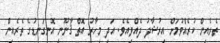
ތެރެއިން ކުރެއްވުމަށް އިރުޝާދު ދެއްވިއެވެ. އަދި މިހާރު އޮތް ޤާނޫނީ އޮނިގަނޑުގެ ތެރެއިން